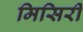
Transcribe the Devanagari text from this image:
मिसिरी